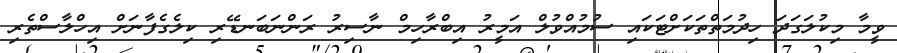
ވީމާ މިކުލަގަދަ ހިދުމަތްތަކަށްޓަކައި ސުމުއްވުލް އަމީރު އިބްރާހިމް ނާސިރު ރަންނަބަނޑޭރި ކިލެގެފާނަށް އިހްލާސްތެރި